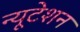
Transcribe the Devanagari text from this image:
न्यूटेशन